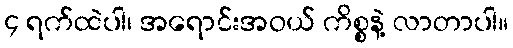
၄ ရက်ထဲပါ၊ အရောင်းအဝယ် ကိစ္စနဲ့ လာတာပါ။